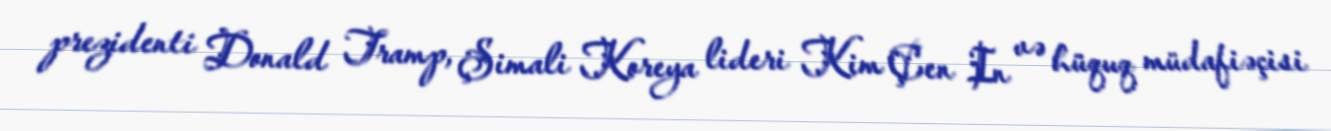
prezidenti Donald Tramp, Şimali Koreya lideri Kim Çen In və hüquq müdafiəçisi